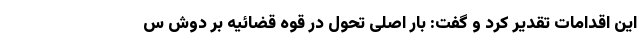
این اقدامات تقدیر کرد و گفت: بار اصلی تحول در قوه قضائیه بر دوش س